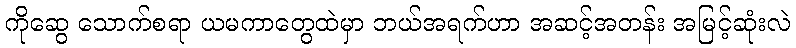
ကိုဆွေ သောက်စရာ ယမကာတွေထဲမှာ ဘယ်အရက်ဟာ အဆင့်အတန်း အမြင့်ဆုံးလဲ